Code of medical and sanitary regulations for the guidance of medical officers serving in the Madras Presidency - Volume I
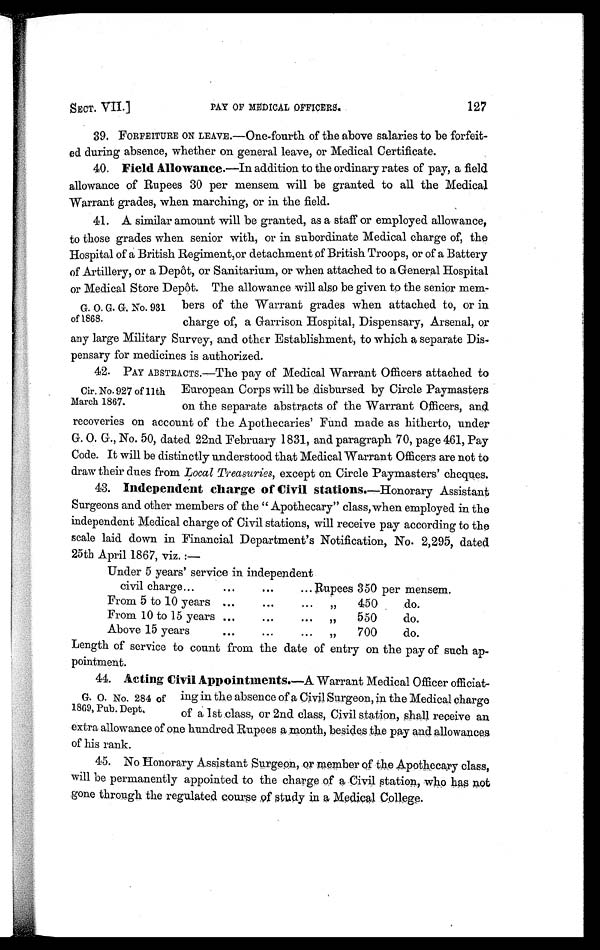
SECT. VII.]
PAY OF MEDICAL OFFICERS.
127
39. FORFEITURE ON LEAVE.—One-fourth of the above salaries to be forfeit-
ed during absence, whether on general leave, or Medical Certificate.
40. Field Allowance. —In addition to the ordinary rates of pay, a field
allowance of Rupees 30 per mensem will be granted to all the Medical
Warrant grades, when marching, or in the field.
41. A similar amount will be granted, as a staff or employed allowance,
to those grades when senior with, or in subordinate Medical charge of, the
Hospital of a British Regiment,or detachment of British Troops, or of a Battery
of Artillery, or a Depôt, or Sanitarium, or when attached to a General Hospital
or Medical Store Depôt. The allowance will also be given to the senior mem-
bers of the Warrant grades when attached to, or in
charge of, a Garrison Hospital, Dispensary, Arsenal, or
any large Military Survey, and other Establishment, to which a separate Dis-
pensary for medicines is authorized.
42. PAY ABSTRACTS.—The pay of Medical Warrant Officers attached to
European Corps will be disbursed by Circle Paymasters
on the separate abstracts of the Warrant Officers, and
recoveries on account of the Apothecaries' Fund made as hitherto, under
G. O. G., No. 50, dated 22nd February 1831, and paragraph 70, page 461, Pay
Code. It will be distinctly understood that Medical Warrant Officers are not to
draw their dues from Local Treasuries, except on Circle Paymasters' cheques.
43. Independent charge of Civil stations.—Honorary Assistant
Surgeons and other members of the " Apothecary" class, when employed in the
independent Medical charge of Civil stations, will receive pay according to the
scale laid down in Financial Department's Notification, No. 2,295, dated
25th April 1867. viz. :—
Under 5 years' service in independent
civil charge...
...
...
... Rupees 350 per mensem.
From 5 to 10 years ...
...
... „
450
do.
From 10 to 15 years ...
...
... "
550
do.
Above 15 years
...
...
... „
700
do.
Length of service to count from the date of entry on the pay of such ap-
pointment.
44. Acting Civil Appointments.—A Warrant Medical Officer officiat-
ing in the absence of a Civil Surgeon, in the Medical charge
of a 1st class, or 2nd class, Civil station, shall receive an
extra allowance of one hundred Rupees a month, besides the pay and. allowances
of his rank.
45. No Honorary Assistant Surgeon, or member of the Apothecary class,
will be permanently appointed to the charge of a Civil station, who has not
.gone through the regulated course a study in a Medical College.
G. O. G. G. No. 931
of 1868.
Cir. No. 927 of llth
March 1867.
G. O. No. 284 of
1869, Pub. Dept.